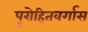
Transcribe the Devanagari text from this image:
पुरोहितवर्गास